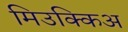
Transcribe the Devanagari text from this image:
मिउक्किअ